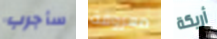
سأجرب معروفة أريكة